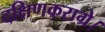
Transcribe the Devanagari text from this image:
दक्षिणकराग्रे।